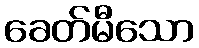
ခေတ်မီသော